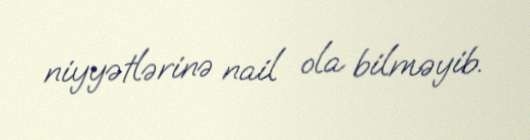
niyyətlərinə nail ola bilməyib.